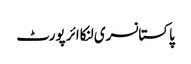
پاکستانسری لنکاائر پورٹ